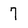
Character: 7